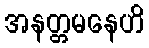
အနတ္တမနေဟိ